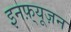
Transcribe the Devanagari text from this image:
इनफ़्यूज़न